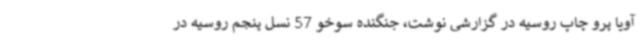
آویا پرو چاپ روسیه در گزارشی نوشت، جنگنده سوخو 57 نسل پنجم روسیه در